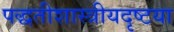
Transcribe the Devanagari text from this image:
पद्धतीशास्त्रीयदृष्टया